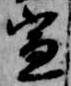
宣